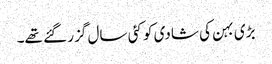
بڑی بہن کی شادی کو کئی سال گزر گئے تھے۔